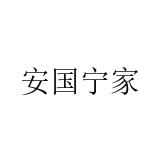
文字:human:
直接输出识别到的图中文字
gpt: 安国宁家